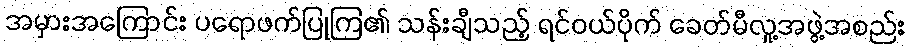
အမှားအကြောင်း ပရောဖက်ပြုကြ၏ သန်းချီသည့် ရင်ဝယ်ပိုက် ခေတ်မီလူ့အဖွဲ့အစည်း